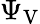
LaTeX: \Psi_{\mathrm{V}}